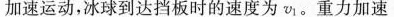
加速运动，冰球到达挡板时的速度为v_{1}。重力加速